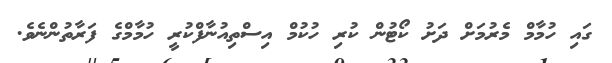
ގައި ހުމާމް މެރުމަށް ދަށު ކޯޓުން ކުރި ހުކުމް އިސްތިއުނާފްކުރީ ހުމާމްގެ ފަރާތުންނެވެ.